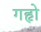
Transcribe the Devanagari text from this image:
गहृो